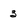
Character: 3